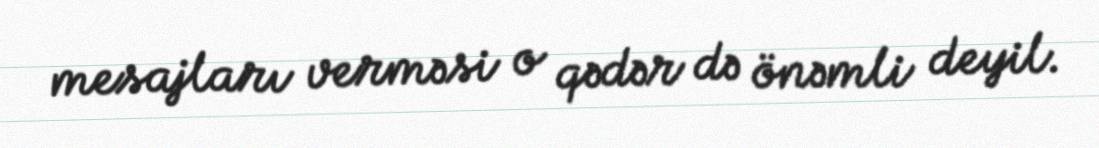
mesajları verməsi o qədər də önəmli deyil.